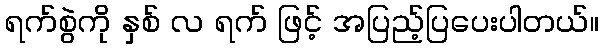
ရက်စွဲကို နှစ် လ ရက် ဖြင့် အပြည့်ပြပေးပါတယ်။